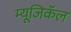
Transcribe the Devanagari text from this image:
म्यूजिकॅल